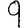
Digit: 9